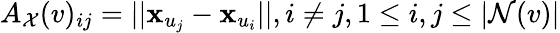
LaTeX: A_{\mathcal{X}}(v)_{ij}=||\mathbf{x}_{u_{j}}-\mathbf{x}_{u_{i}}||,i\neq j,1\leq i,j\leq|\mathcal{N}(v)|